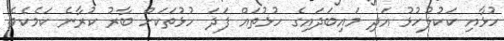
ހުޅާއި ކަކުލުހުޅު އަދި މައިބަދައިގެ ހުޅުތައް ފަދަ ހުޅުތަކަށް ބާރު ކުރާނެ ކަމެކެވެ.